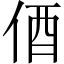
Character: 𫢞